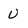
Character: U